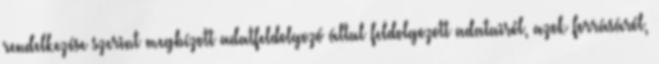
rendelkezése szerint megbízott adatfeldolgozó által feldolgozott adatairól, azok forrásáról,